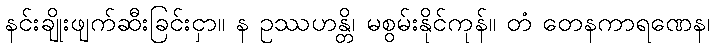
နင်းချိုးဖျက်ဆီးခြင်းငှာ။ န ဥဿဟန္တိ၊ မစွမ်းနိုင်ကုန်။ တံ တေနကာရဏေန၊